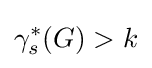
\gamma _{s}^{*}(G)>k